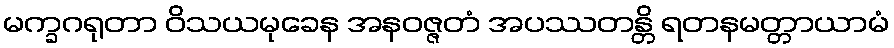
မက္ခဂရုတာ ဝိသယမုခေန အနဝဇ္ဇတံ အပဿတန္တိ ရတနမတ္တာယာမံ